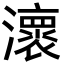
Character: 瀤